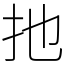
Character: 扡